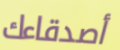
أصدقاءك